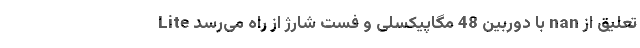
Lite با دوربین 48 مگاپیکسلی و فست شارژ از راه می‌رسد nan تعلیق از